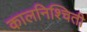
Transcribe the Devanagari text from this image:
कालनिश्चिती